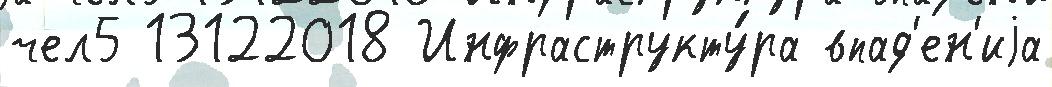
чел5 13122018 Инфраструкту́ра впад'ен'иjа